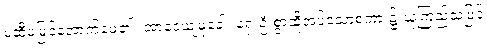
မထီမဲ့မြင်အောက်မေ့၏။ အာဒေယျမုခေါ၊ ရှေးဦးစွာဆိုအပ်သောစကား၌ ယုံကြည်သဖြင့်